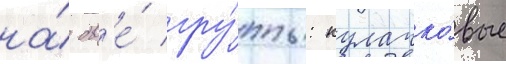
на́ дв'е́ гру́ппы: кулачко́вые